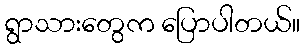
ရွာသားတွေက ပြောပါတယ်။